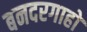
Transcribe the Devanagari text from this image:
बनदरगाहों